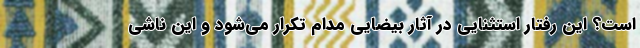
است؟ اين رفتار استثنايی در آثار بيضايي مدام تكرار می‌شود و اين ناشی